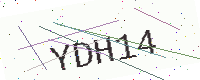
Text: YDH14